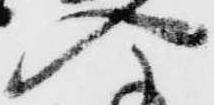
入